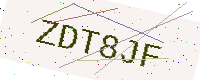
Text: ZDT8JF